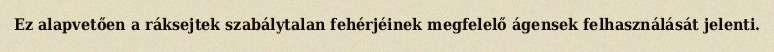
Ez alapvetően a ráksejtek szabálytalan fehérjéinek megfelelő ágensek felhasználását jelenti.